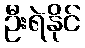
ဦးရဲနိုင်